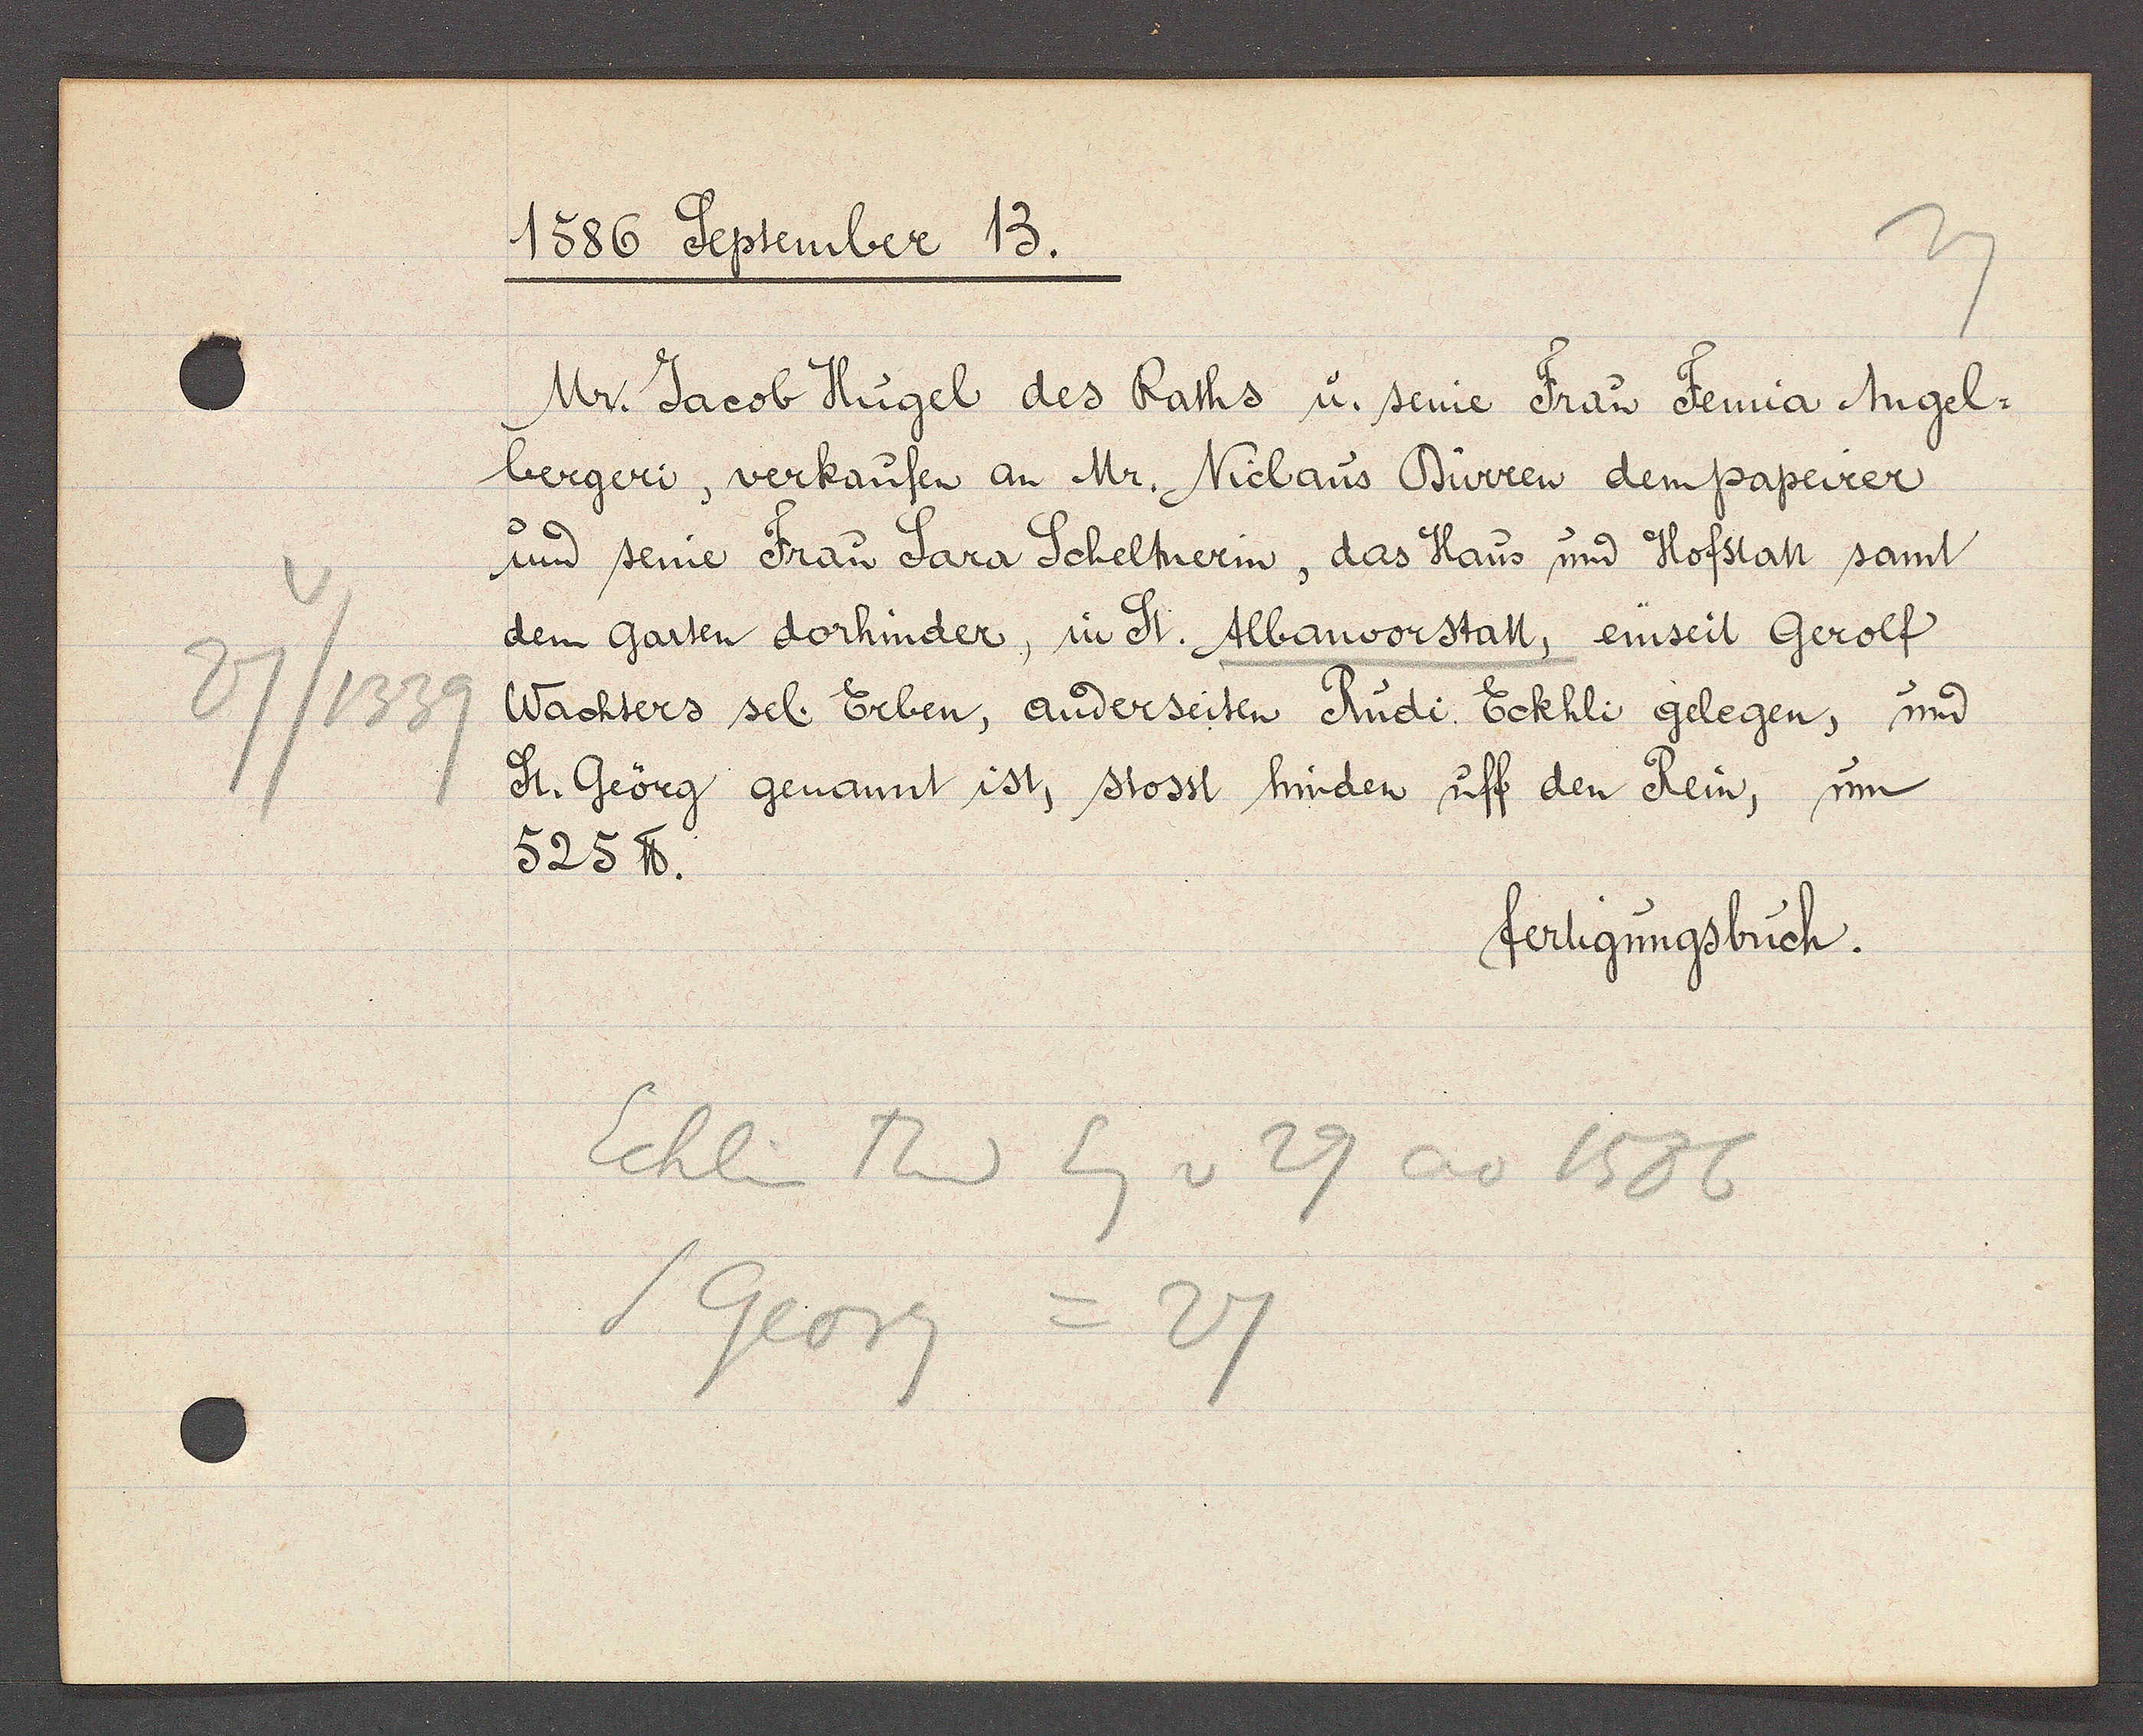
Transcript:
27/1339

1586 September 13.

Mr. Jacob Hügel des Raths u. seine Frau Femia Angel¬
bergeri, verkaufen an Mr. Niclaus Dürren dem papeirer
und seine Frau Sara Scheltnerin, das Haus und Hofstatt samt
dem garten dorhinder, in St. Albanvorstatt, einseit Gerolf
Wachters sel. Erben, anderseiten Rudi Eckhli gelegen, und
St. Geörg genannt ist, stosst hinden uff den Rein, um
525 ℔.

fertigungsbuch.

Ecklin Rud Eg v 29 ao 1586
Georg = 27